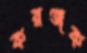
করঞ্জক